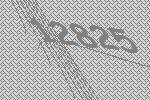
12825